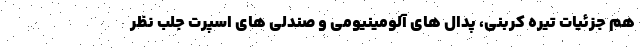
هم جزئیات تیره کربنی، پدال های آلومینیومی و صندلی های اسپرت جلب نظر